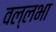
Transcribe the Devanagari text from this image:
वल्लभा